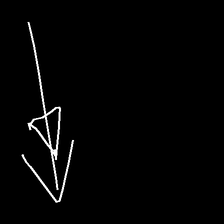
Glyph: pull